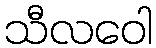
သီလဝေါ